Document type: Sale
Year: 1440
Scribe: Pere Pau Pujades
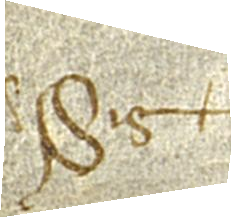
Sig